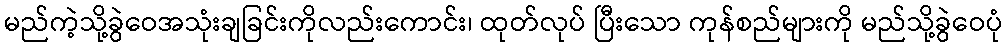
မည်ကဲ့သို့ခွဲဝေအသုံးချခြင်းကိုလည်းကောင်း၊ ထုတ်လုပ် ပြီးသော ကုန်စည်များကို မည်သို့ခွဲဝေပုံ